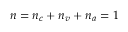
n = n _ { c } + n _ { v } + n _ { a } = 1